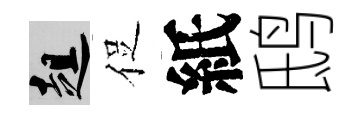
趄促紙鸱